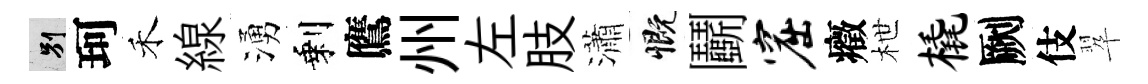
别珂禾線湧剩鷹州左肢瀟慨鬬窟癥枻橇劂伎翆